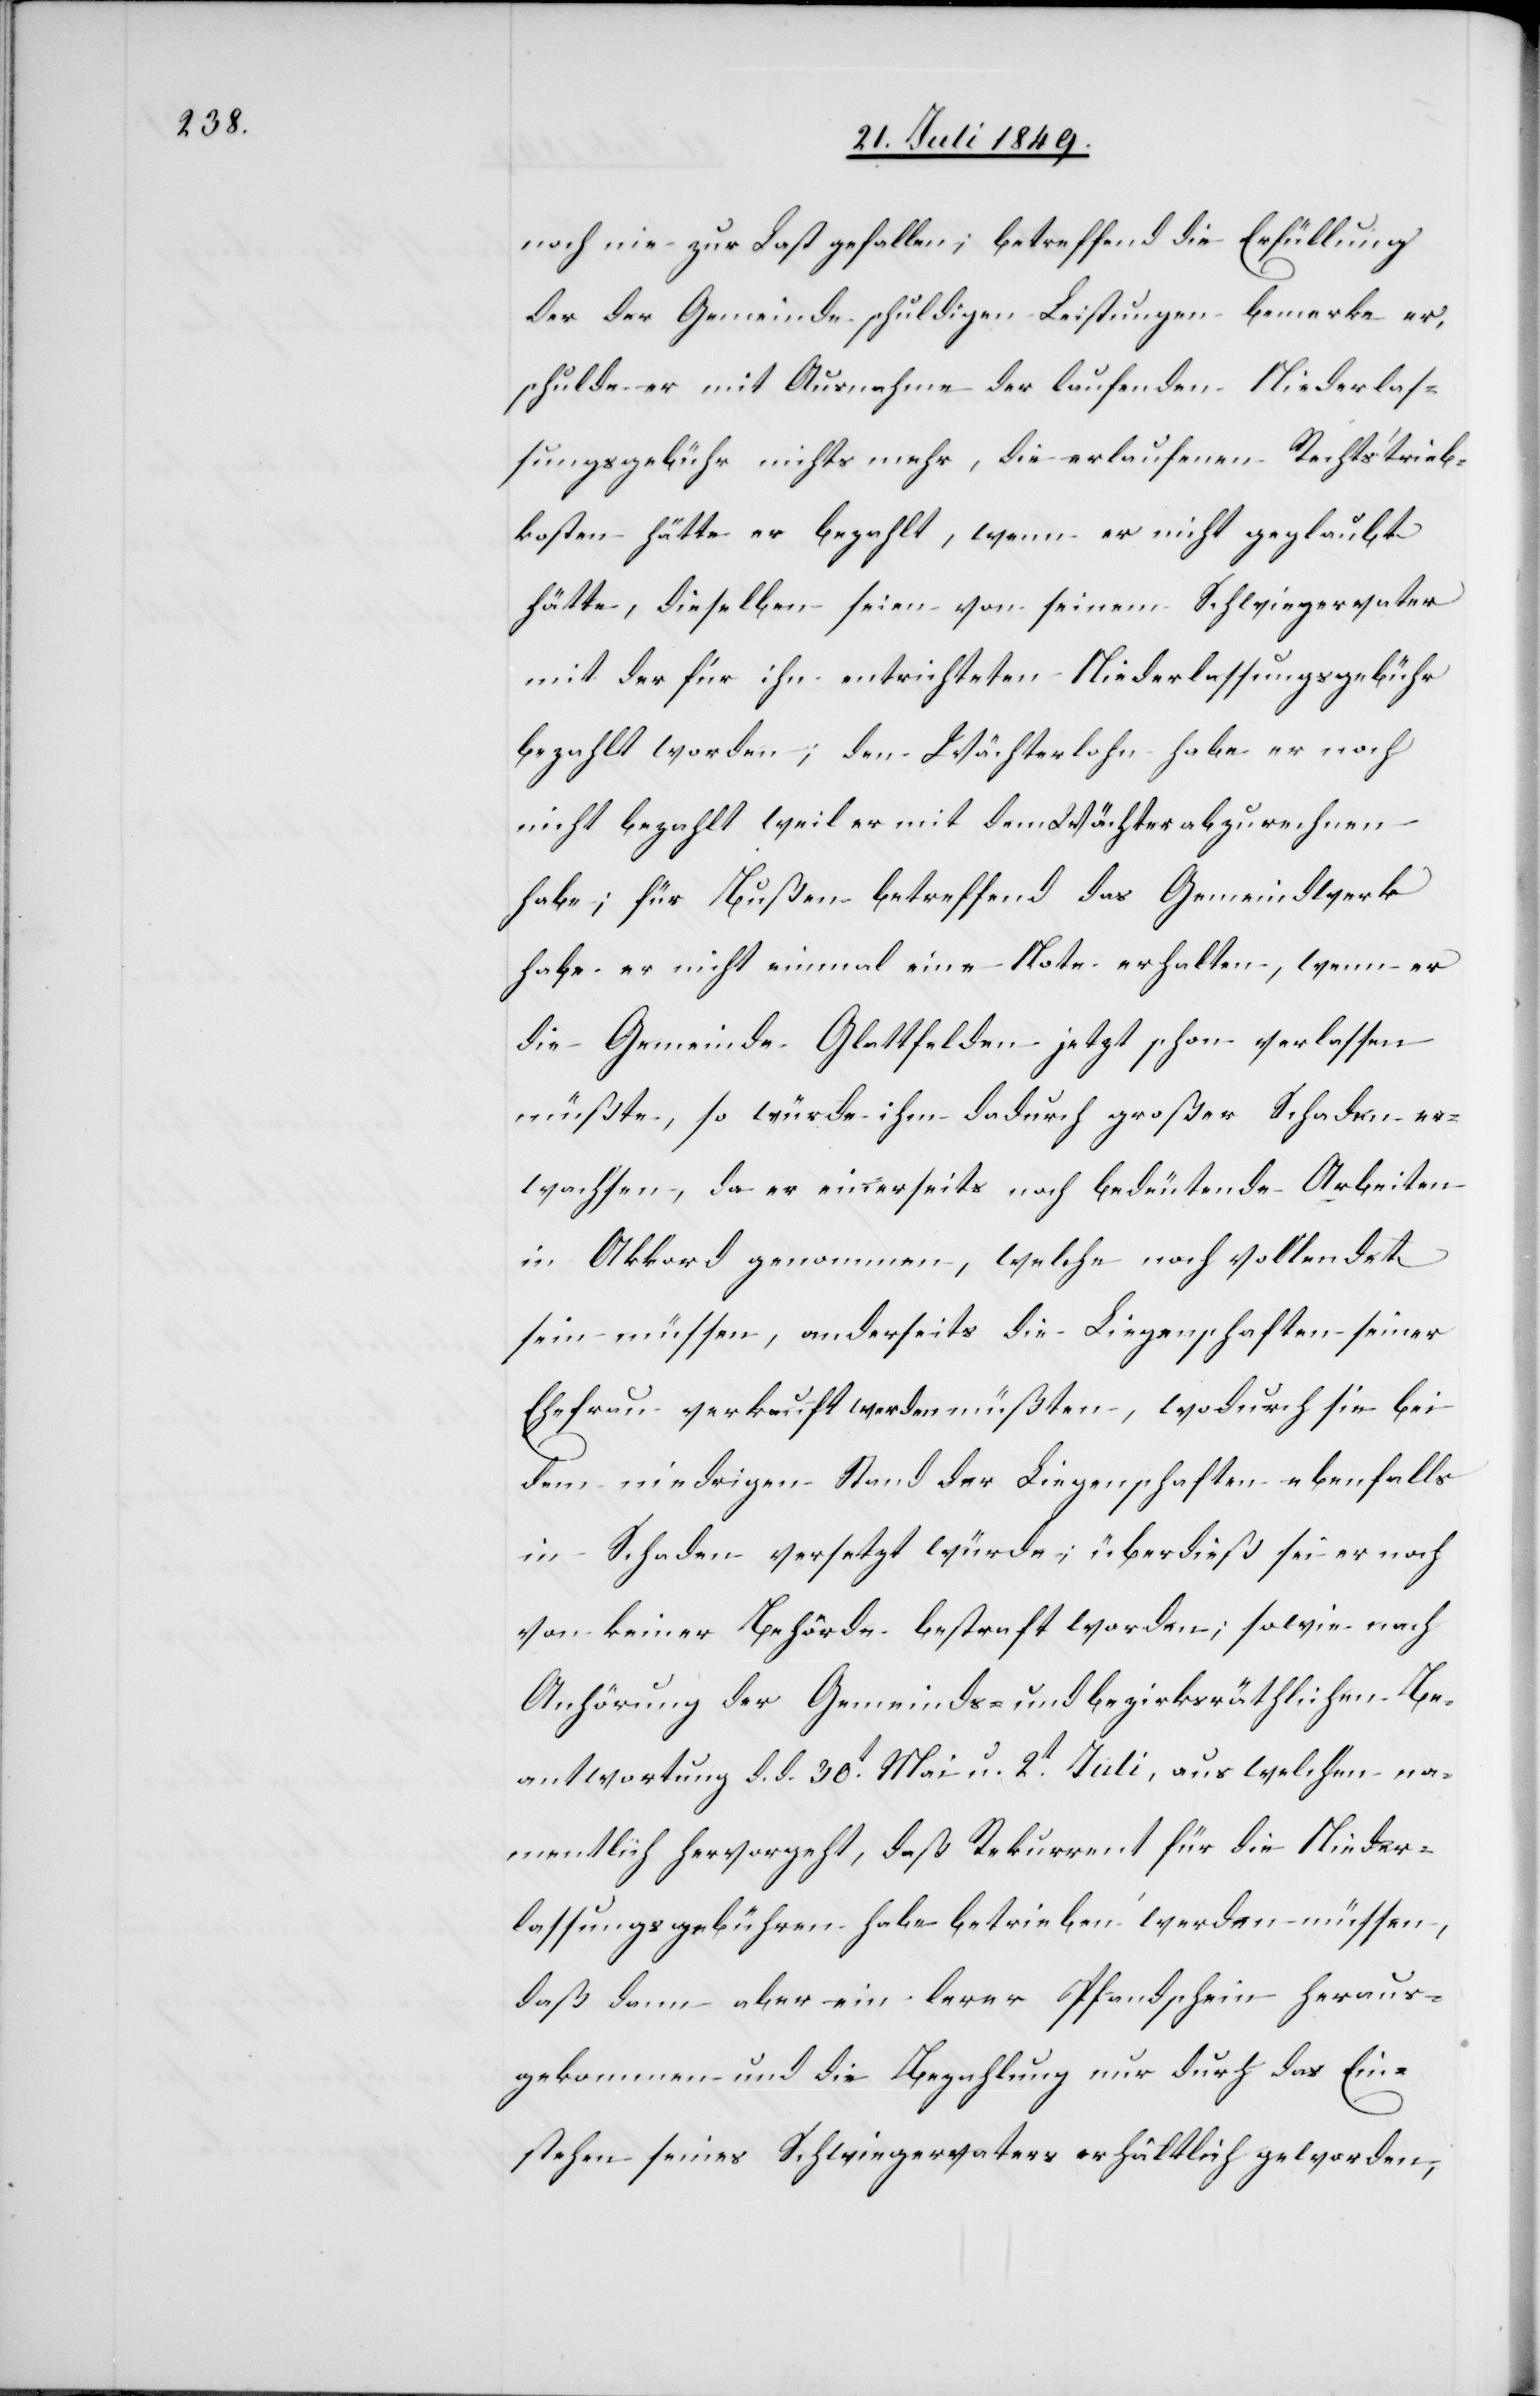
noch nie zur Last gefallen; betreffend die Erfüllung
der der Gemeinde schuldigen Leistungen bemerke er,
schulde er mit Ausnahme der laufenden Niederlas¬
sungsgebühr nichts mehr, die erlaufenen Rechtstrieb¬
kosten hätte er bezahlt, wenn er nicht geglaubt
hätte, dieselben seien von seinem Schwiegervater
mit der für ihn entrichteten Niederlassungsgebühr
bezahlt worden; den Wächterlohn habe er noch
nicht bezahlt weil er mit dem Wächter abzurechnen
habe; für Bußen betreffend das Gemeindwerk
habe er nicht einmal eine Note erhalten, wenn er
die Gemeinde Glattfelden jetzt schon verlassen
müßte, so würde ihm dadurch großer Schaden er¬
wachsen, da er einerseits nach bedeutende Arbeiten
in Akkord genommen, welche noch vollendet
sein müssen, anderseits die Liegenschaften seiner
Ehefrau verkauft werden müßten, wodurch sie bei
dem niedrigen Stand der Liegenschaften ebenfalls
in Schaden versetzt würde; überdieß sei er noch
von keiner Behörde bestraft worden; sowie nach
Anhörung der Gemeinds- und bezirksräthlichen Be¬
antwortung d. d. 30t Mai u. 2t Juli, aus welchen na¬
mentlich hervorgeht, daß Rekurrent für die Nieder¬
lassungsgebühren habe betrieben werden müssen,
daß dem aber ein lerer [sic!] Pfandschein heraus¬
gekommen und die Bezahlung nur durch das Ein¬
stehen seines Schwiegervaters erhältlich geworden,